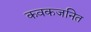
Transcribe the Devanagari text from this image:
कवकजनित